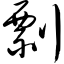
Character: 剽